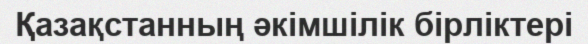
Қазақстанның әкімшілік бірліктері